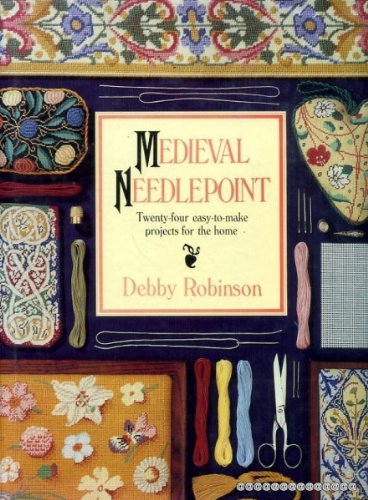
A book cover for Medieval Needlepoint: Twenty-Four Easy-To-Make Projects for the Home; Debby Robinson; Crafts, Hobbies & Home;